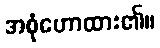
အစုံဟောထား၏။